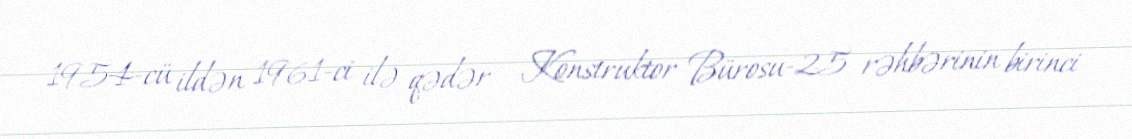
1954-cü ildən 1961-ci ilə qədər - Konstruktor Bürosu-25 rəhbərinin birinci